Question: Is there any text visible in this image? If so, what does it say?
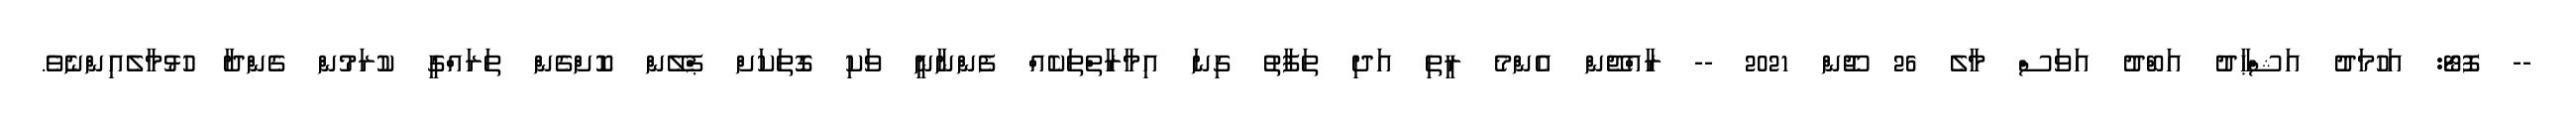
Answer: -- ފޮޓޯ: އަހުމަދު އަޝްޙާދު އަބްދު އަވަސް މާލެ 26 ޖޫން 2021 -- ރާއްޖޭން އެންމެ ރީތި އަދި ތަފާތު ގިނަ އިމާރާތްތަކެއް ފެންނާނީ ވަކި ގޮތަކަށް ޕްލޭން ކޮށްގެން ތަރައްގީ ކުރަމުން ގެންދާ ހުޅުމާލެއިންނެވެ.